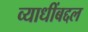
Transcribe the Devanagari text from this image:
व्याधींबद्दल